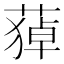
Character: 𦹫